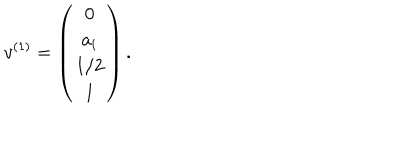
LaTeX: v ^ { ( 1 ) } = \left( \begin{array} { c c c } { { { \bf 0 } } } \\ { { a _ { i } } } \\ { { 1 / 2 } } \\ { { 1 } } \\ \end{array} \right) .